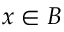
x \in B